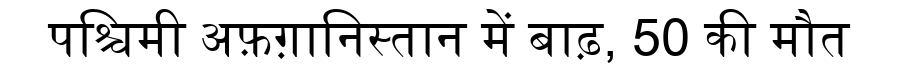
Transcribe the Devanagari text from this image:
पश्चिमी अफ़ग़ानिस्तान में बाढ़, 50 की मौत